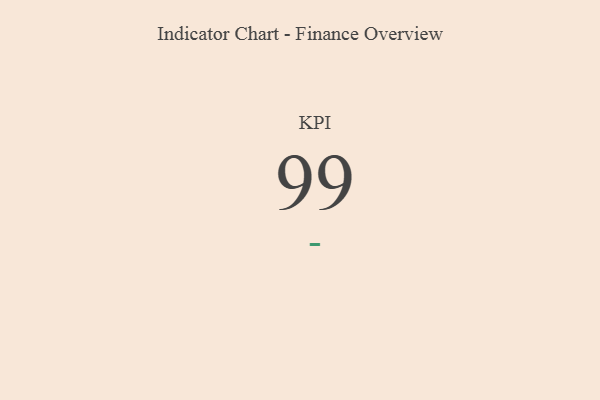
{"axis": {"x": "KPI", "y": "Value"}, "legend": [""], "data": [{"x": "KPI", "y": 99, "type": ""}]}